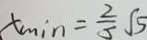
x _ { \min } = \frac { 2 } { 5 } \sqrt { 5 }